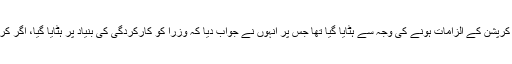
جب ان سے سوال کیا کہ کیا وفاقی وزرا کو کرپشن کے الزامات ہونے کی وجہ سے ہٹایا گیا تھا جس پر انہوں نے جواب دیا کہ وزرا کو کارکردگی کی بنیاد پر ہٹایا گیا، اگر کرپشن کی بنیاد پر ہٹایا جاتا تو وہ ‘اندر’ ہوتے۔